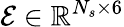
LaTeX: \mathcal{E}\in\mathbb{R}^{N_{s}\times 6}